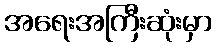
အရေးအကြီးဆုံးမှာ